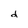
Character: d